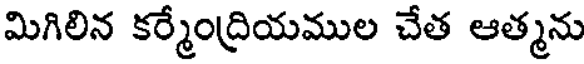
మిగిలిన కర్మేంద్రియముల చేత ఆత్మను